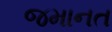
જમાનત